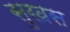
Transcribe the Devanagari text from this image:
सुखस